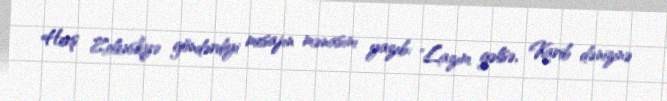
Herş Zelenskiyə göndərdiyi mesajın mənasını yazıb: "Lazım gəlsə, Karib dənizinə